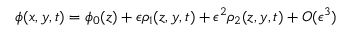
\begin{array} { r } { \phi ( x , y , t ) = \phi _ { 0 } ( z ) + \epsilon \rho _ { 1 } ( z , y , t ) + \epsilon ^ { 2 } \rho _ { 2 } ( z , y , t ) + O ( \epsilon ^ { 3 } ) } \end{array}